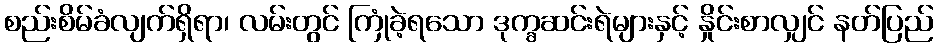
စည်းစိမ်ခံလျက်ရှိရာ၊ လမ်းတွင် ကြုံခဲ့ရသော ဒုက္ခဆင်းရဲများနှင့် နှိုင်းစာလျှင် နတ်ပြည်